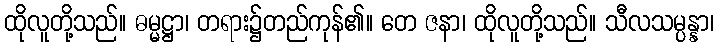
ထိုလူတို့သည်။ ဓမ္မဋ္ဌာ၊ တရား၌တည်ကုန်၏။ တေ ဇနာ၊ ထိုလူတို့သည်။ သီလသမ္ပန္နာ၊